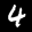
Label: 4